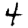
Digit: 4